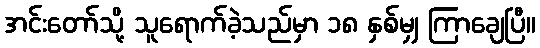
အင်းတော်သို့ သူရောက်ခဲ့သည်မှာ ၁၈ နှစ်မျှ ကြာချေပြီ။